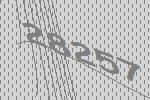
28257